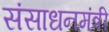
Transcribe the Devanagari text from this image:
संसाधनमंत्री